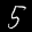
Label: 5